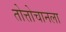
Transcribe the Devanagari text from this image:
तोत्तोचानला